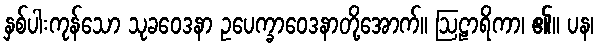
နှစ်ပါးကုန်သော သုခဝေဒနာ ဥပေက္ခာဝေဒနာတို့အောက်။ ဩဠာရိကာ၊ ၏။ ပန၊